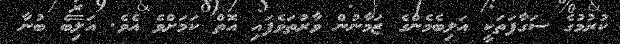
ކުރުމުގެ ސަގާފަތަކީ އަލިބެމެންގެ ޒަމާނުން ވާރުތަވެފައި އޮތް ކަމަށްވެ އެވެ. އަލިބެ ބުނާ